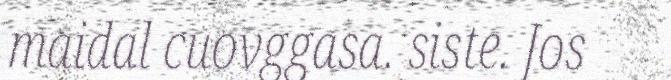
maidal cuovggasa. siste. Jos